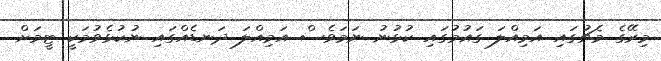
މިރޭގެ މެޗުގައި އަމިއްލަ ގައުމުގައި ކުޅުނު ނަމަވެސް އަމިއްލަ ދަނޑެއްގައި ނުކުޅެވުމަކީ ޓީމަށް